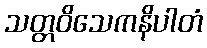
သတ္တဝိသေကနိပါတံ